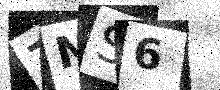
Text: ZNS6